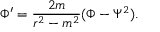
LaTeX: \Phi ^ { \prime } = { \frac { 2 m } { r ^ { 2 } - m ^ { 2 } } } ( \Phi - \Psi ^ { 2 } ) .